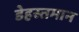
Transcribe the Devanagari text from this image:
डेहस्तमान